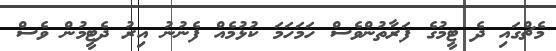
މެޗްގައި ދެ ޓީމުގެ ފަރާތުންވެސް ހަމަހަމަ ކުޅުމެއް ފެނުނު އިރު ދެޓީމުން ވެސް